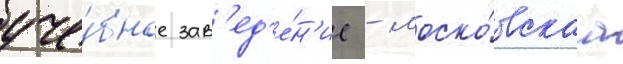
уче́бное зав'ед'е́н'ие - моско́вскаа